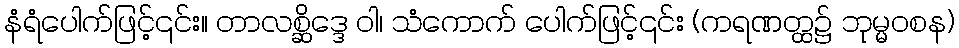
နံရံပေါက်ဖြင့်၎င်း။ တာလစ္ဆိဒ္ဒေ ဝါ၊ သံကောက် ပေါက်ဖြင့်၎င်း (ကရဏတ္ထ၌ ဘုမ္မဝစန)